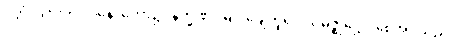
ပုတ္တံ၊ သားကို။ ဝနေ၊ တော၌။ နိက္ခဏံ၊ မြှုပ်ချေဟူ၍။ သမဇ္ဈိဋ္ဌော၊ စေအပ်သည်။